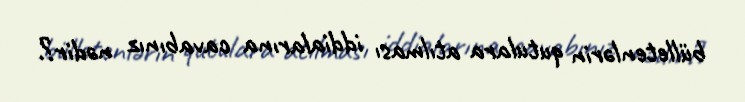
bülletenlərin qutulara atılması iddialarına cavabınız nədir?.